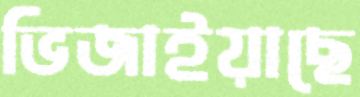
ভিজাইয়াছে